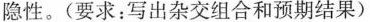
隐性。(要求：写出杂交组合和预期结果)